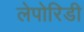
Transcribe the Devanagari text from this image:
लेपोरिडी